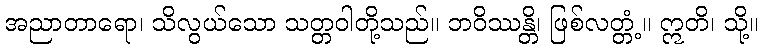
အညာတာရော၊ သိလွယ်သော သတ္တဝါတို့သည်။ ဘဝိဿန္တိ၊ ဖြစ်လတ္တံ့။ ဣတိ၊ သို့။